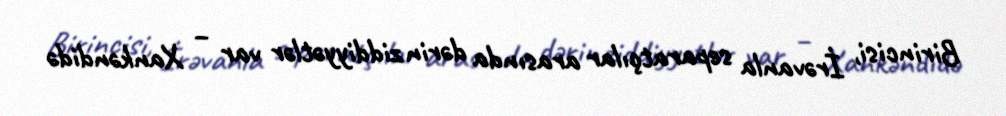
Birincisi, İrəvanla separatçılar arasında dərin ziddiyyətlər var – Xankəndidə